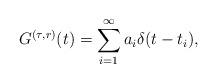
LaTeX: \begin{align*}G^{(\tau,r)}(t)=\sum_{i=1}^\infty a_i\delta(t-t_i),\end{align*}